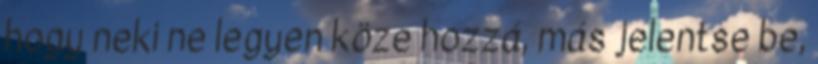
hogy neki ne legyen köze hozzá, más jelentse be,